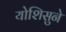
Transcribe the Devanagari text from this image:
योशिसुने